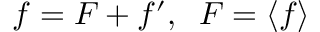
f = F + f ^ { \prime } , \; \; F = \langle { f } \rangle